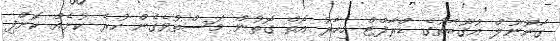
ގާނޫނުލް އުގޫބާތުގެ ޑްރާފްޓް މިހާރު އޮތް ގޮތުން މަސްތުވެގެން ހުރެ ކުށެއް ކޮށްފި